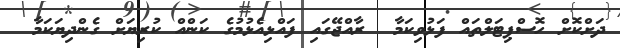
ދަށްކޮށް ހޮސްޕިޓަލްތައް ފަޅުވިކަމާ  ރާއްޖޭގައި ފައްޅިއެޅުމުގެ ކަންއް ކުރިޔަށް ގެންދިޔަކަމާ